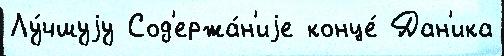
Лу́чшуjу Сод'ержа́н'иjе конце́ Дан'ика